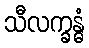
သီလက္ခန္ဓံ